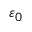
\varepsilon _ { 0 }